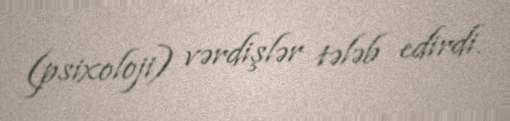
(psixoloji) vərdişlər tələb edirdi.